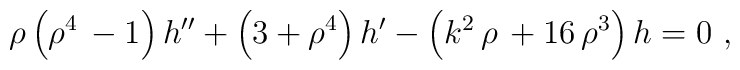
\rho\left({\rho^4}\, -  1\right) h'' + \left( 3 + {\rho^4}\right)h'  -\left( {k^2}\,\rho\,+16\,{\rho^3} \right)  h =0 ~,